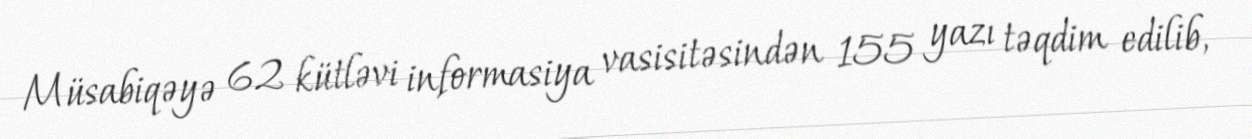
Müsabiqəyə 62 kütləvi informasiya vasisitəsindən 155 yazı təqdim edilib,